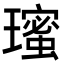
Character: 𭺋